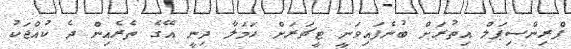
ޕްރިންސިޕަލް އިތުރަށް ބުނެފައިވަނީ ޓީޗަރަށް ހަމަލާ ދިނީ އޭގެ ތެރެއިން ދެ ކުއްޖަކު